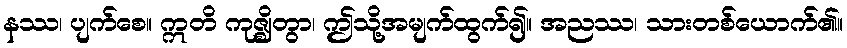
နဿ၊ ပျက်စေ။ ဣတိ ကုဇ္ဈိတွာ၊ ဤသို့အမျက်ထွက်၍။ အညဿ၊ သားတစ်ယောက်၏။